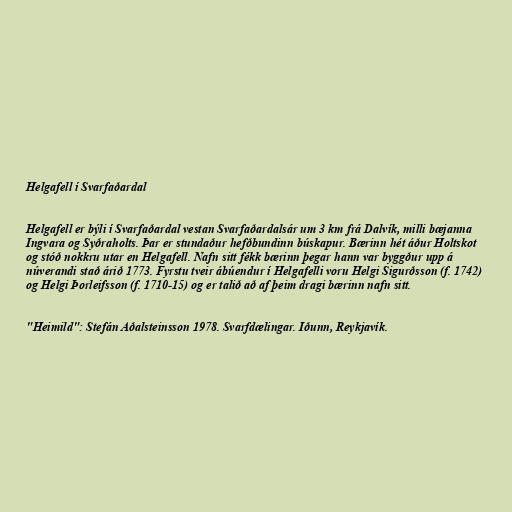
Helgafell í Svarfaðardal

Helgafell er býli í Svarfaðardal vestan Svarfaðardalsár um 3 km frá Dalvík, milli bæjanna
Ingvara og Syðraholts. Þar er stundaður hefðbundinn búskapur. Bærinn hét áður Holtskot
og stóð nokkru utar en Helgafell. Nafn sitt fékk bærinn þegar hann var byggður upp á
núverandi stað árið 1773. Fyrstu tveir ábúendur í Helgafelli voru Helgi Sigurðsson (f. 1742)
og Helgi Þorleifsson (f. 1710-15) og er talið að af þeim dragi bærinn nafn sitt.

"Heimild": Stefán Aðalsteinsson 1978. Svarfdælingar. Iðunn, Reykjavík.